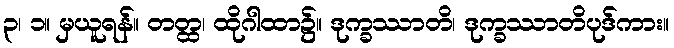
၃၊ ၁။ မှယူရန်။ တတ္ထ၊ ထိုဂါထာ၌။ ဒုက္ခဿာတိ၊ ဒုက္ခဿာတိပုဒ်ကား။